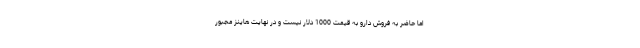
اما حاضر به فروش دارو به قیمت 1000 دلار نیست و در نهایت هاینز مجبور